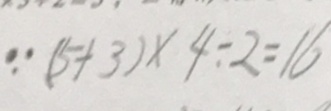
\because ( 5 + 3 ) \times 4 \div 2 = 1 6